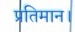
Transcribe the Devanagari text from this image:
प्रतिमान।